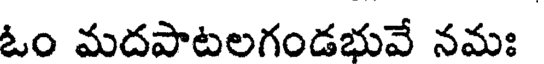
ఓం మదపాటలగండభువే నమః